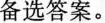
备选答案。